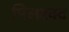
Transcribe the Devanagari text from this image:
मिलरक्द